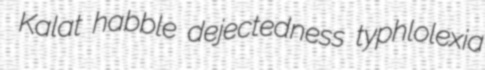
Kalat habble dejectedness typhlolexia